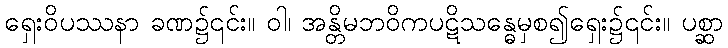
ရှေးဝိပဿနာ ခဏ၌၎င်း။ ဝါ၊ အန္တိမဘဝိကပဋိသန္ဓေမှစ၍ရှေး၌၎င်း။ ပစ္ဆာ